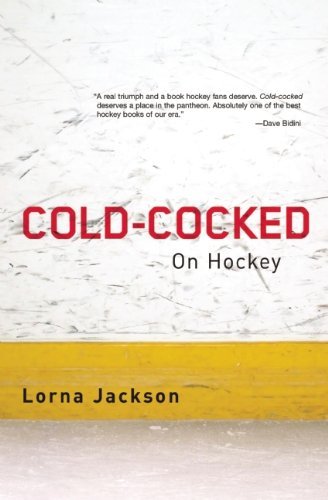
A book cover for Cold-Cocked: On Hockey; Lorna Jackson; Literature & Fiction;